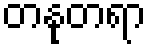
တနုတရာ